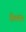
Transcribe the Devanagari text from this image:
सैक्योर